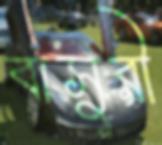
বাসুরী